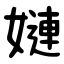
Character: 㜕